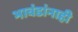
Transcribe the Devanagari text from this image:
भावंडांनाही